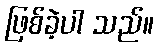
ဖြစ်ခဲ့ပါ သည်။